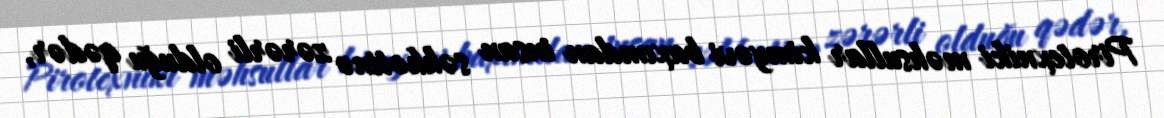
Pirotexniki məhsullar kimyəvi baxımdan insan səhhətinə zərərli olduğu qədər,